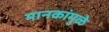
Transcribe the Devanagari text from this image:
मानकांमुळे